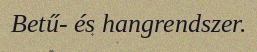
Betű- és hangrendszer.